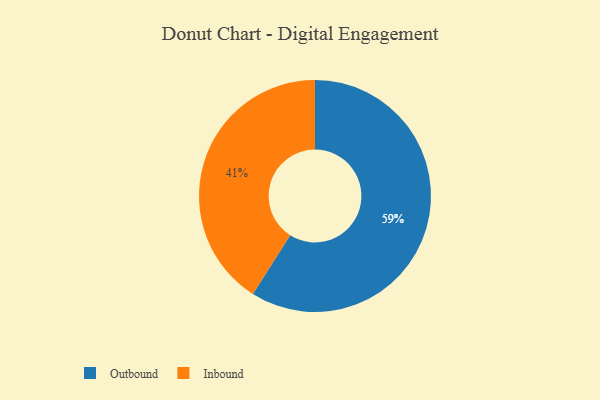
{"axis": {"x": "Category", "y": "Percentage"}, "legend": ["Inbound", "Outbound"], "data": [{"x": "Outbound", "y": 59, "type": "Outbound"}, {"x": "Inbound", "y": 41, "type": "Inbound"}]}